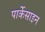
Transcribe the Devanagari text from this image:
पार्केसाइन